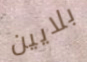
بلايين